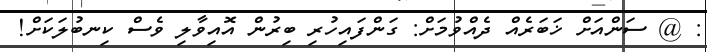
: @ ސަންއަށް ޚަބަރެއް ދެއްވުމަށް: ގަންފައިހުރި ބިރުން އޮއިވާލި ވެސް ކިނބުލަކަށް!